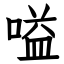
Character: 嗌